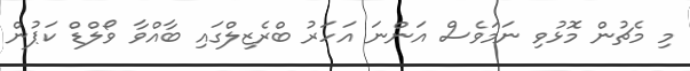
މި މެޗުން މޮޅުވި ނަމަވެސް އަންނަ އަހަރު ބްރެޒިލްގައި ބާއްވާ ވޯލްޑް ކަޕުން